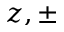
z , \pm